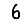
Digit: 6